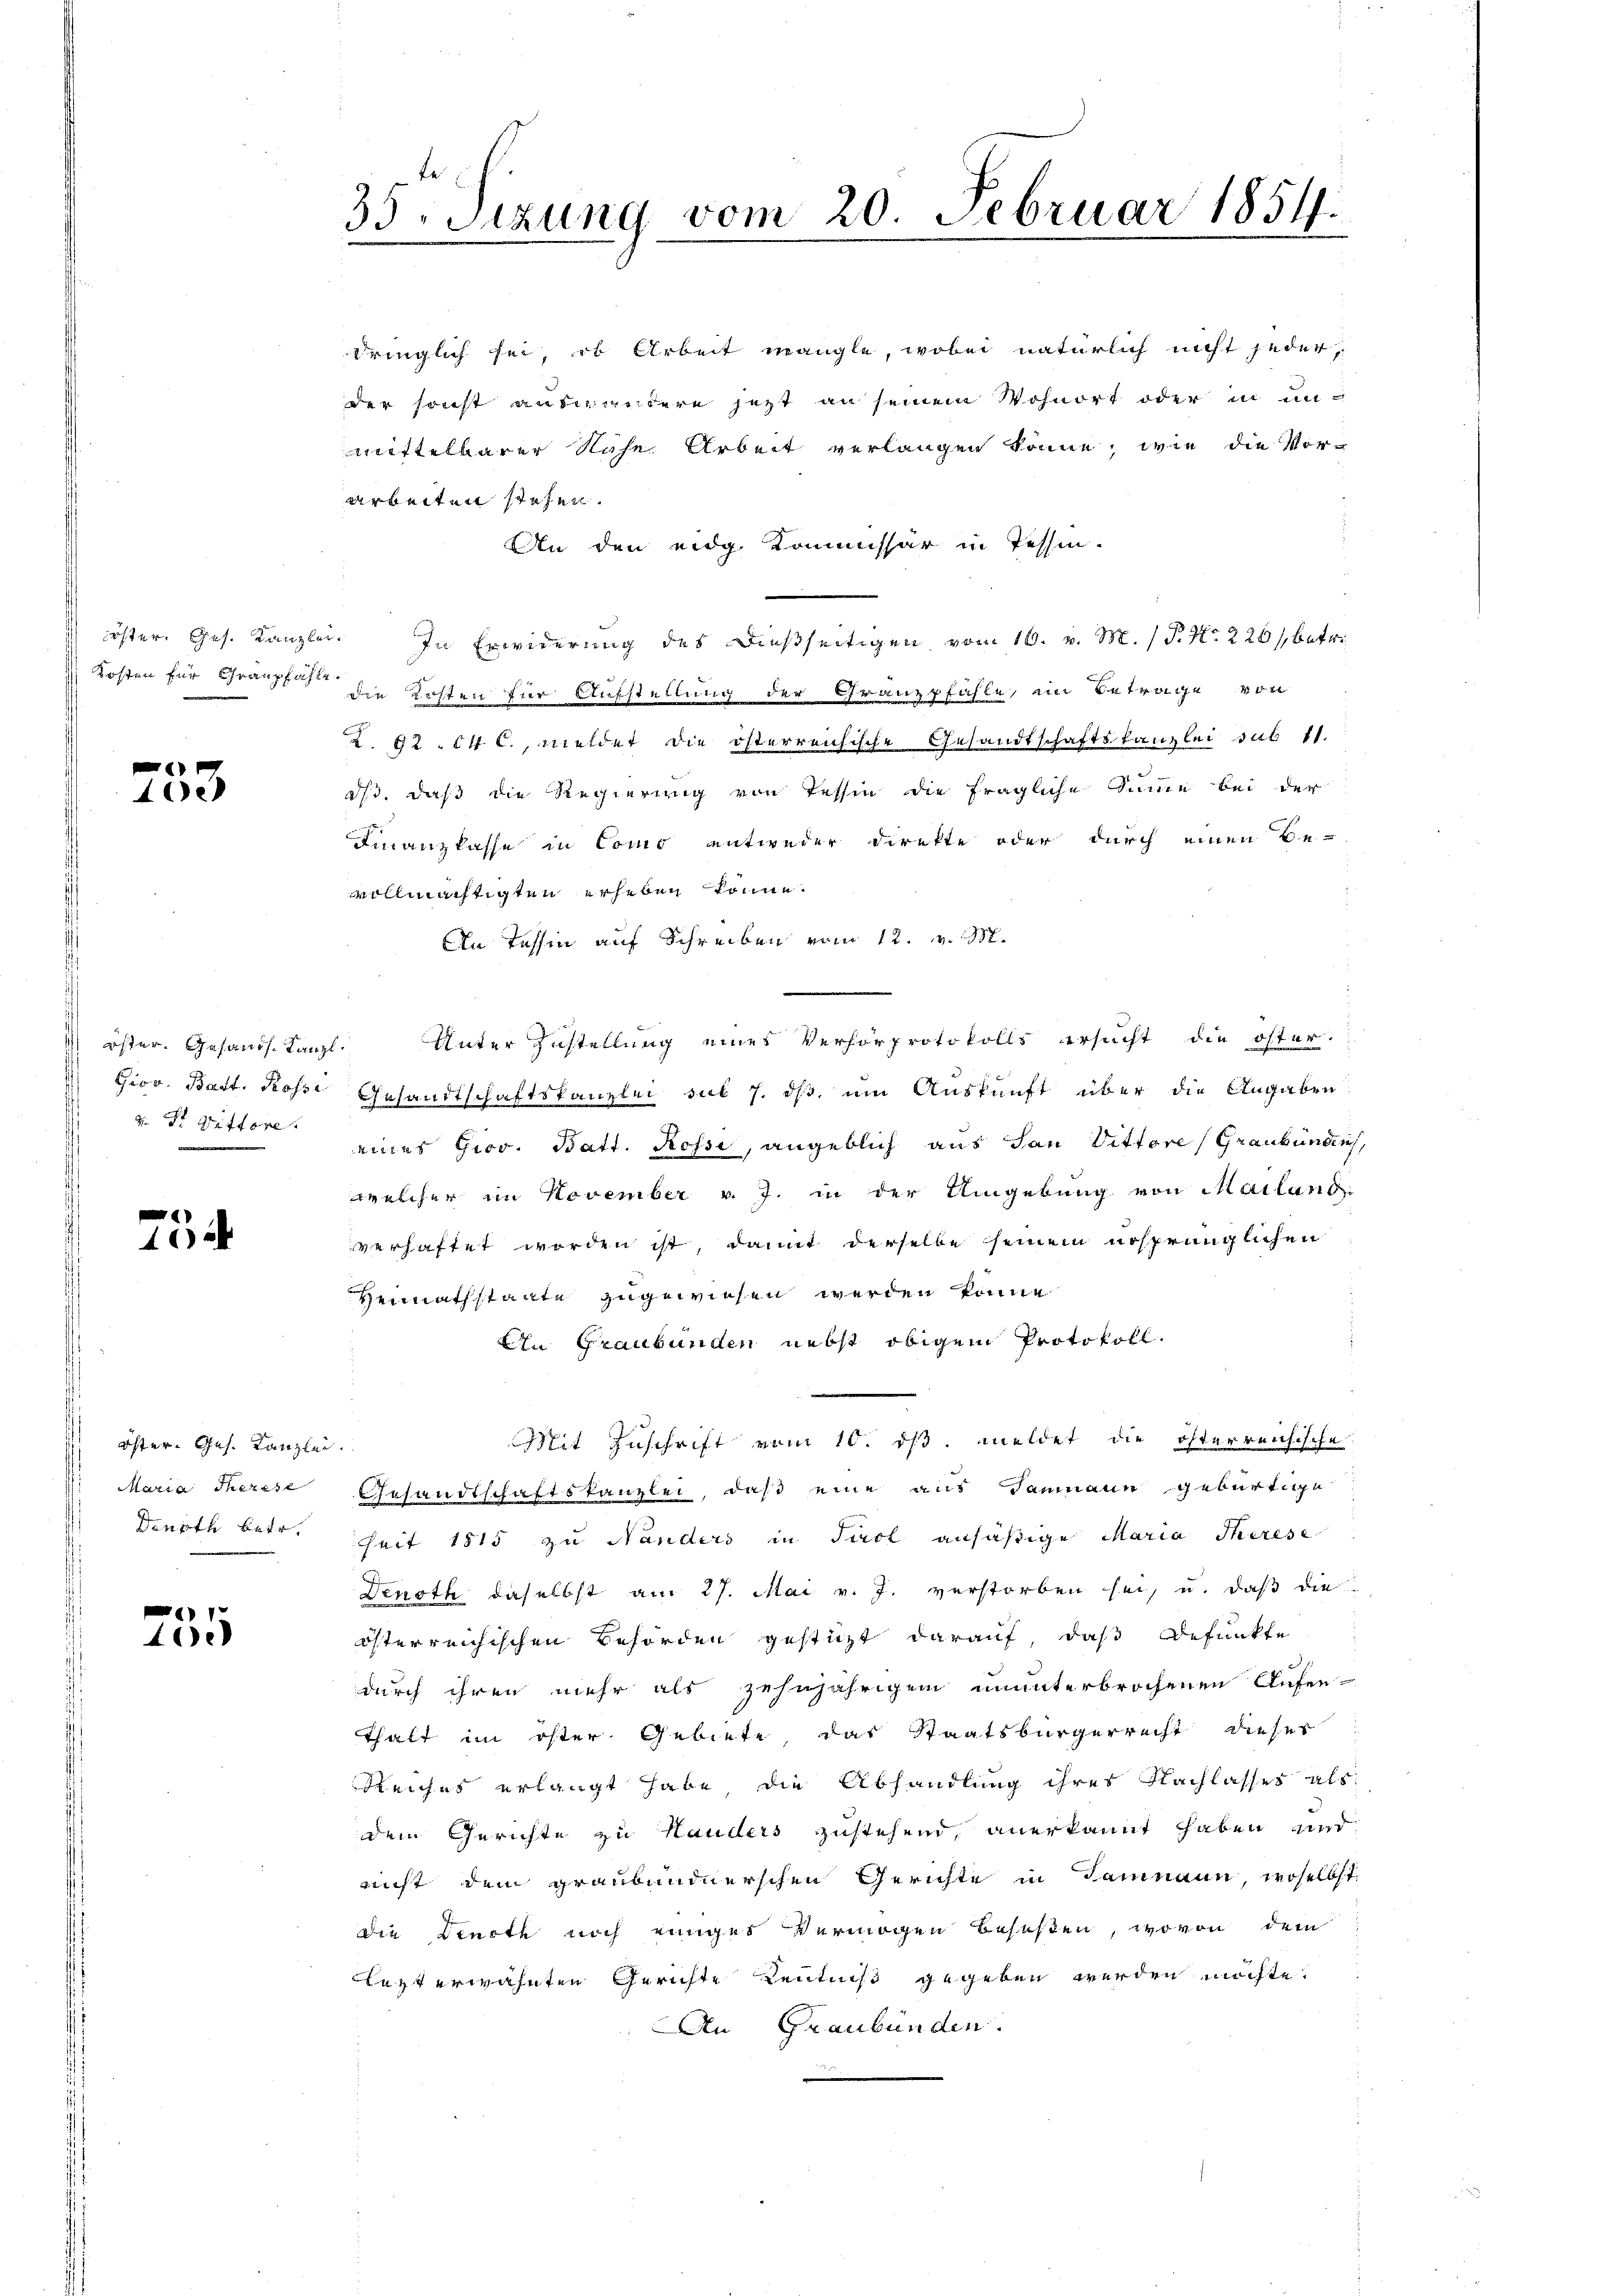
40e

H. Dr. Wittore

40

öster-Ges. Kanzlei.
Maria Therese
Deurth betr.

1
40

35. Sizung vom 20. Februar 1854.

dringlich sei, ob Arbeit mangle, wobei natürlich nicht jeder,
der sonst auswandere jetzt an seinem Wohnort oder in unmittelbarer Nähe Arbeit verlangen könne, wie die Vor-
arbeiten stehen.
An den eidg. Kommissär in Tessin-
 öster. Ges. Kanzlei. In Erwiderung des dießseitigen, vom 16. v. M. P. Nr. 226/, betri
Kosten für Gränzen die Kosten für Aufstellung der Gränzpfähle, ein Betrage von
Z. 82. 14. c., meldet die österreichische Gesandtschaftskanzlei sub 11.
dß, daß die Regierung von Tessin die fragliche Summe bei der
Finanzkasse in Como entweder Direkte oder durch einen Be-
vollmächtigten erheben könne.
An Tessin auf Schreiben vom 12. v. M.
öster. Gesandt. Kanzl. Unter Zustellung eines Verhörprotokolls ersucht die öster.
Giov. Bart. Rosse Gesandtschaftskanzlei sub 7. ds, um Auskunft über die Angaben
eines Giov. Batt. Rossi, angeblich aus San Vittore (Graubünden,
welcher im November v. J. in der Umgebung von Mailand.
verhaftet worden ist, damit derselbe seinem ursprünglichen
Heimathstaate zugewiesen werden könne
In Graubünden nebst obigem Protokoll.
Mit Zuschrift vom 10. ds. meldet die österreichische
Gesandtschaftskanzlei, daß eine aus Saumann gebürtige
seit 1815 zu Nanders in Tirol ansäßige Maria Therese
Denoth daselbst am 27. Mai v. J. verstorben sei, u. daß die
österreichischen Behörden gestützt darauf, daß Defunkte
durch ihren mehr als zehnjährigem ununterbrochenen Aufen-
thalt im öster Gebiete, das Staatsbürgerrecht dieser
Reiches erlangt habe, die Abhandlung ihres Nachlasses als
dem Gerichte zu Hauders zustehend, anerkannt haben und
nicht dem graubündnerschen Gerichte in Dammann, woselbst
die Dincte noch einiges Vermögen beseßen, wovon dem
lezt erwähnten Gerichte Kenntniß gegeben werden möchte.
An Graubünden.